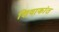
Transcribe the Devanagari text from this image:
शिवाकांत